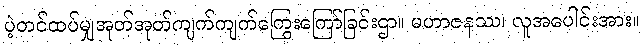
ပဲ့တင်ထပ်မျှအုတ်အုတ်ကျက်ကျက်ကြွေးကြော်ခြင်းဌာ။ မဟာဇနဿ၊ လူအပေါင်းအား။